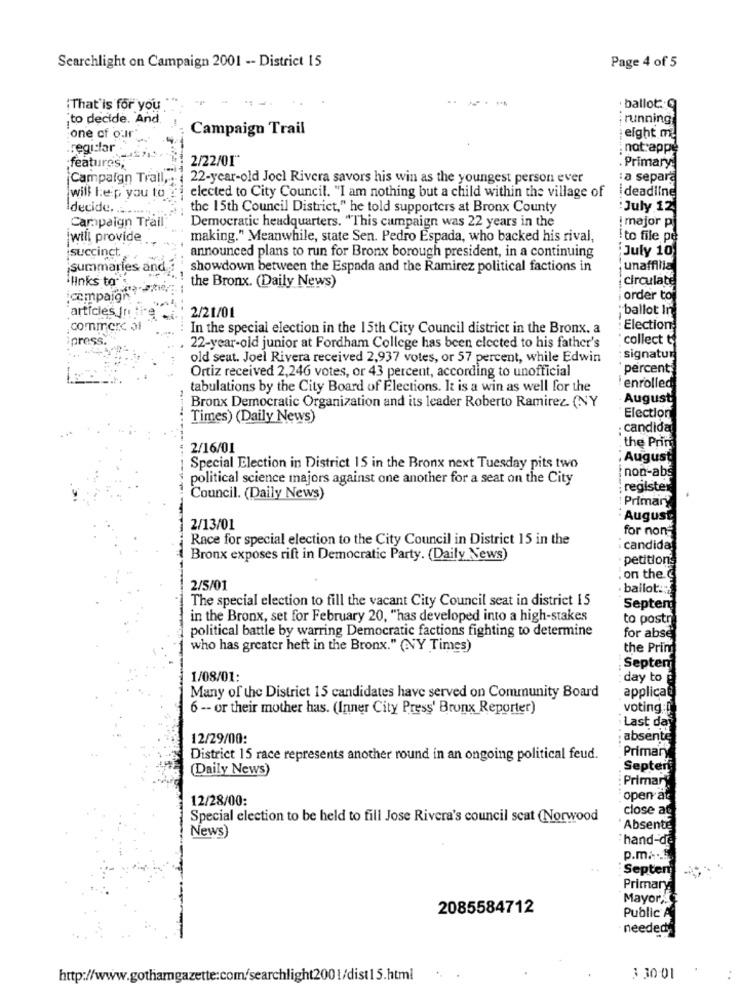
Searchlight on Campaign 2001 -- District 15
Page 4 of 5
----
"That'is for you "
· ballot: q
,to decide. And.
running
Campaign Trail
one of our"
eight m
regular
not appe
2/22/01"
features,
. Primary:
Campaign Trall ,. 22-year-old Joel Rivera savors his win as the youngest person ever
a separa
will leip you to
elected to City Council. "I am nothing but a child within the village of
ideadline
decide .......
the 15th Council District," he told supporters at Bronx County
July 12
Campaign Trail
Democratic headquarters. "This campaign was 22 years in the
! major p
iwill provide
making." Meanwhile, state Sen. Pedro Espada, who backed his rival,
! to file pe
succinct,
announced plans to run for Bronx borough president, in a continuing
July 10
summaries and
showdown between the Espada and the Ramirez political factions in
unaffilia
"links to
the Bronx. (Daily News)
Circulate
:compaigr
¡ order to
articles In
; ballot In.
2/21/01
: In the special election in the 15th City Council district in the Bronx. a
: Election
ares
collect t
22-year-old junior at Fordham College has been elected to his father's
old seat. Joel Rivera received 2,937 votes, or 57 percent, while Edwin
: signatur
Ortiz received 2,246 votes, or 43 percent, according to unofficial
percent
tabulations by the City Board of Elections. It is a win as well for the
!enrolled
August
Bronx Democratic Organization and its leader Roberto Ramirez (NY
Election
Times) (Daily News)
candida
: 2/16/01
the Prin
. August
Special Election in District 15 in the Bronx next Tuesday pits two
political science majors against one another for a seat on the City
: non-abs
; register
Council. (Daily News)
! Primary
August
2/13/01
for non-
Race for special election to the City Council in District 15 in the
candida
Bronx exposes rift in Democratic Party. (Daily News)
petitions
. on the @
2/5/01
· ballot .:
The special election to fill the vacant City Council seat in district 15
Septem
in the Bronx, set for February 20, "has developed into a high-stakes
to postr
political battle by warring Democratic factions fighting to determine
for abse
who has greater heft in the Bronx." (NY Times)
the Prim
Septen
1/08/01:
: day to @
applicat
Many of the District 15 candidates have served on Community Board
6 -- or their mother has. (Inner City Press' Bronx Reporter)
voting:I
Last day
12/29/00:
: absente
District 15 race represents another round in an ongoing political feud.
Primary
(Daily News)
Septer
: Primar
12/28/00:
open at
close au
Special election to be held to fill Jose Rivera's council scat (Norwood
News)
Absente
hand-de
p.m .-....
Septen
Primary
Mayorx
2085584712
Public A
needed
http://www.gothamgazette:com/searchlight2001/dist15.html
3 30 -01